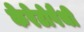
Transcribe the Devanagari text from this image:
केरेटोपैथी